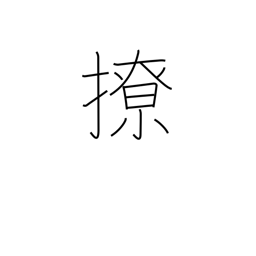
Meaning: disorder